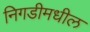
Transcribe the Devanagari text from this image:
निगडीमधील